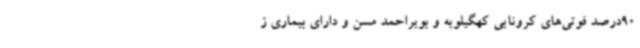
90درصد فوتی‌های کرونایی کهگیلویه و بویراحمد مسن و دارای بیماری‌ ز